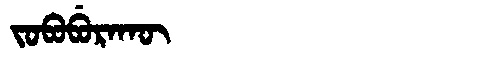
Manchu: ᠵᠣᠪᠣᠪᡠᡵᠠᡴᡡ
Romanization: JOBOBURAKŪ